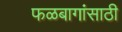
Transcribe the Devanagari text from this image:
फळबागांसाठी